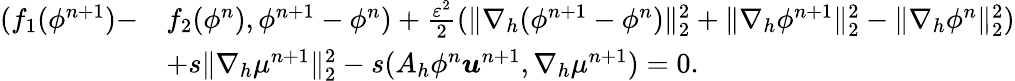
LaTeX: \begin{array}{rl}{(f_{1}(\phi^{n+1})-}&{f_{2}(\phi^{n}),\phi^{n+1}-\phi^{n})+\frac{\varepsilon^{2}}{2}(\| \nabla_{h}(\phi^{n+1}-\phi^{n})\| _{2}^{2}+\| \nabla_{h}\phi^{n+1}\| _{2}^{2}-\| \nabla_{h}\phi^{n}\| _{2}^{2})}\\ &{+s\| \nabla_{h}\mu^{n+1}\| _{2}^{2}-s(A_{h}\phi^{n}\boldsymbol{u}^{n+1},\nabla_{h}\mu^{n+1})=0.}\end{array}